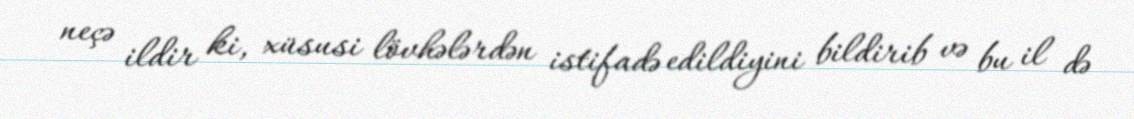
neçə ildir ki, xüsusi lövhələrdən istifadə edildiyini bildirib və bu il də